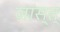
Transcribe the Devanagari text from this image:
जास्त्‌